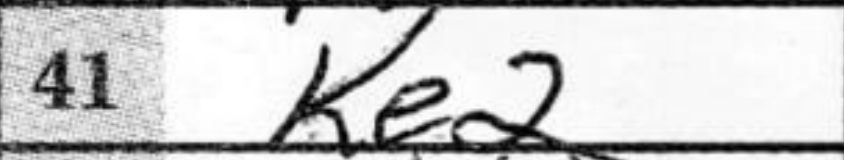
Transcription: Ke2